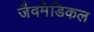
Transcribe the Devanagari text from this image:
जैवमेडिकल